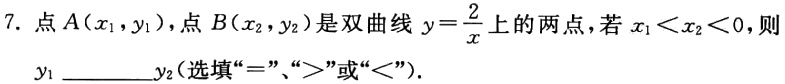
7. 点\(A(x_{1},y_{1})\)，点\(B(x_{2},y_{2})\)是双曲线\(y = \frac{2}{x}\)上的两点，若\(x_{1}<x_{2}<0\)，则\(y_{1}\)________\(y_{2}\)(选填“\(=\)”、“\(>\)”或“\(<\)”).